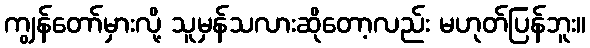
ကျွန်တော်မှားလို့ သူမှန်သလားဆိုတော့လည်း မဟုတ်ပြန်ဘူး။